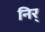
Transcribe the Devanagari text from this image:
निर्